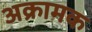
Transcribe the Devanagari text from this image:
अक्रामक